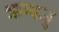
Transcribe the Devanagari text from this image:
ऋग्यजु